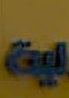
ين